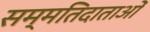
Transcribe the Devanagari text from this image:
सम्मतिदाताओं